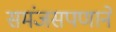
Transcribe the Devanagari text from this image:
समंजसपणाने